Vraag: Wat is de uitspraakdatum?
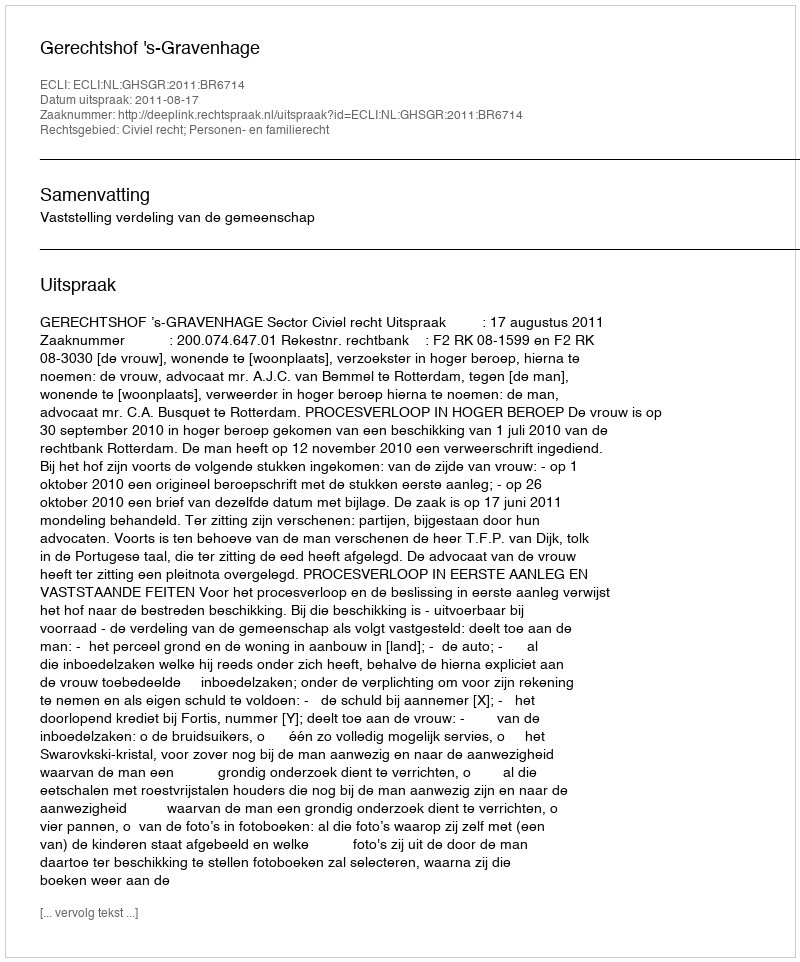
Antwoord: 2011-08-17